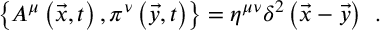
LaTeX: \left\{ A ^ { \mu } \left( \vec { x } , t \right) , \pi ^ { \nu } \left( \vec { y } , t \right) \right\} = \eta ^ { \mu \nu } \delta ^ { 2 } \left( \vec { x } - \vec { y } \right) \; \, .